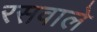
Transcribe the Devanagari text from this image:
रसवाले